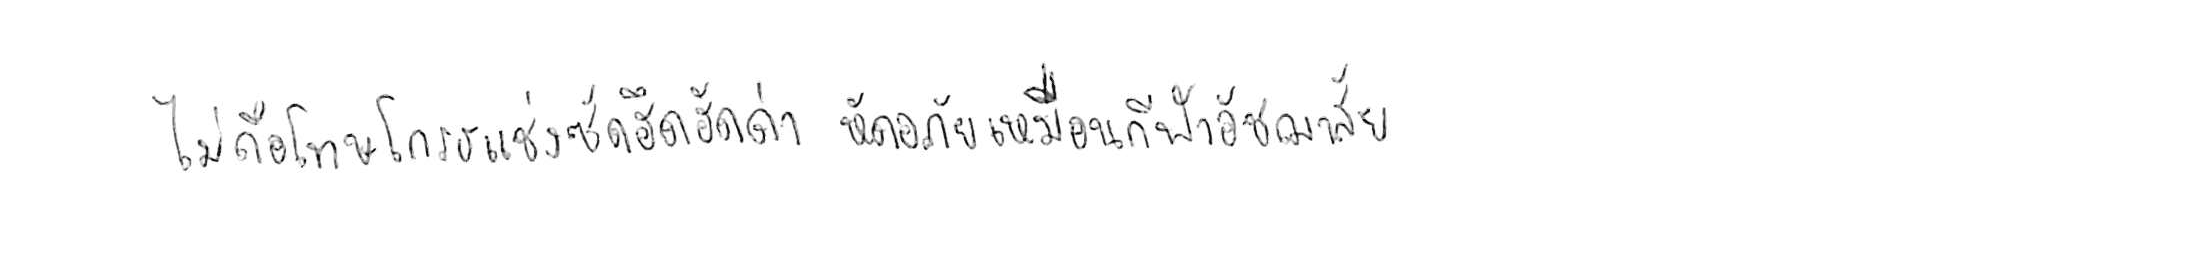
ไม่ถือโทษโกรธแช่งซัดฮึดฮัดด่า หัดอภัยเหมือนกีฬาอัชฌาสัย